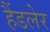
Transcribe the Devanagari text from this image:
हैंडलेर